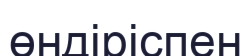
өндіріспен